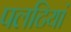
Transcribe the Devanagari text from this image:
पलटियां